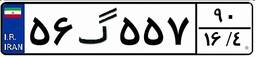
۵۰گ۵۹۱۹۶